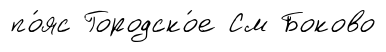
по́яс Городско́е См Боково